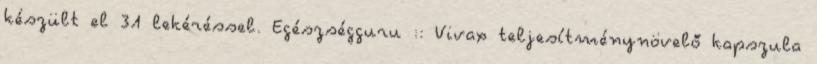
készült el 31 lekéréssel. Egészségguru :: Vivax teljesítménynövelő kapszula